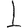
Digit: 1